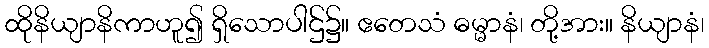
ထိုနိယျာနိကာဟူ၍ ရှိသောပါဌ်၌။ ဧတေသံ ဓမ္မာနံ၊ တို့အား။ နိယျာနံ၊